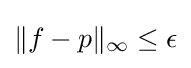
\|f-p\|_{\infty }\leq \epsilon